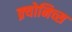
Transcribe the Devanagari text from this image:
क्र्योनिच्स